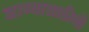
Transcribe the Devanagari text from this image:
जाण्यासाठीची